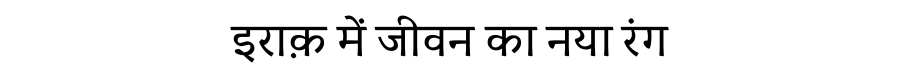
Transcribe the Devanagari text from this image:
इराक़ में जीवन का नया रंग